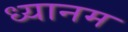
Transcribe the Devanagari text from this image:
ध्यानम